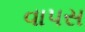
વાપસ